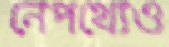
নেপথ্যেও